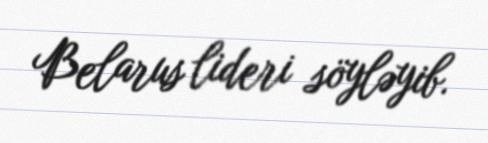
Belarus lideri söyləyib.